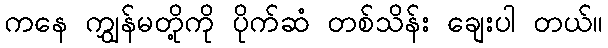
ကနေ ကျွှန်မတို့ကို ပိုက်ဆံ တစ်သိန်း ချေးပါ တယ်။